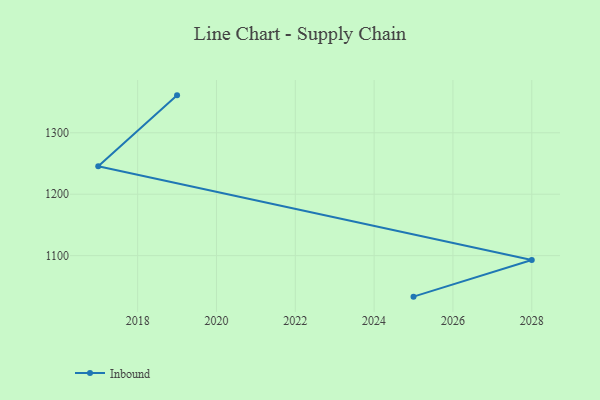
{"axis": {"x": "Year", "y": "Customer Acquisition Cost (USD)"}, "legend": ["Inbound"], "data": [{"x": "2019", "y": 1361.0, "type": "Inbound"}, {"x": "2017", "y": 1245.4, "type": "Inbound"}, {"x": "2028", "y": 1092.9, "type": "Inbound"}, {"x": "2025", "y": 1033.2, "type": "Inbound"}]}